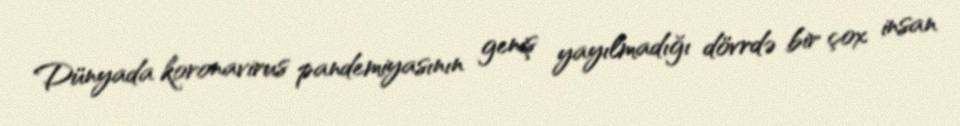
Dünyada koronavirus pandemiyasının geniş yayılmadığı dövrdə bir çox insan